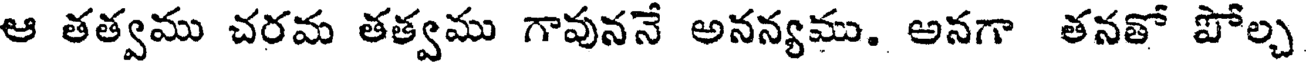
ఆ తత్వము చరమ తత్వము గావుననే అనన్యము. అనగా తనతో పోల్చ